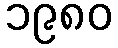
၁၉၈၀